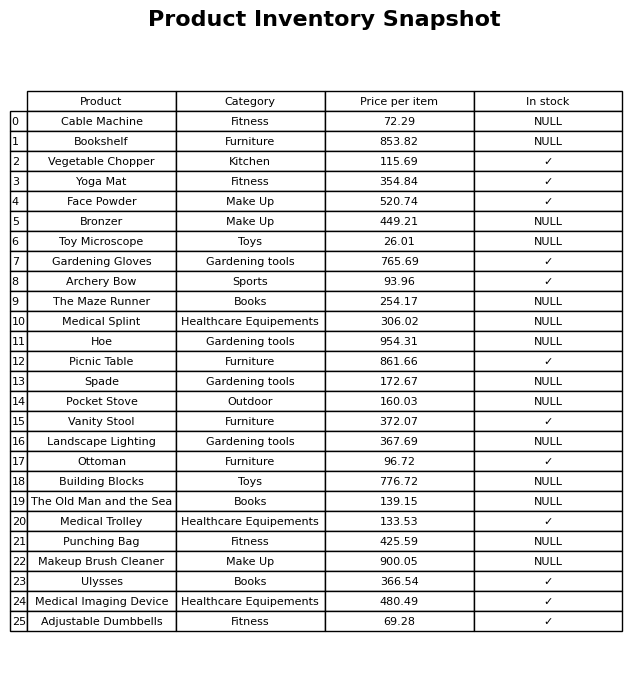
question: Which products are available in stock?
answer: Vegetable Chopper, Yoga Mat, Face Powder, Gardening Gloves, Archery Bow, Picnic Table, Vanity Stool, Ottoman, Medical Trolley, Ulysses, Medical Imaging Device, Adjustable Dumbbells